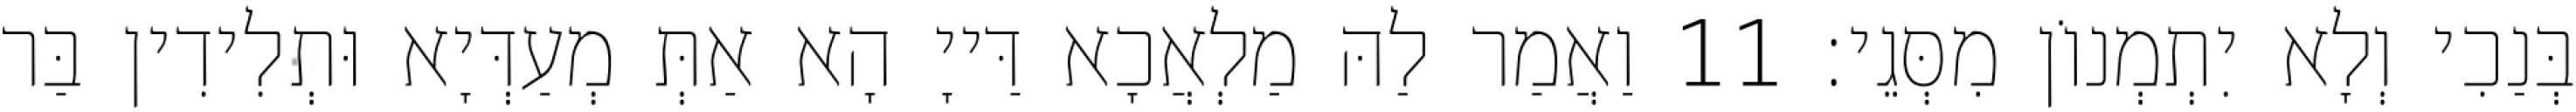
בְּנַכִי וְלָא יִתְמְנוֹן מִסְּגֵי׃ 11 וַאֲמַר לַהּ מַלְאֲכָא דַּייָ הָא אַתְּ מְעַדְּיָא וּתְלִידִין בַּר